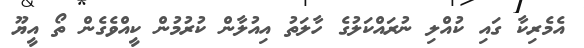
އެމެރިކާ ގައި ކުއްލި ނުރައްކަލުގެ ހާލަތު އިއުލާން ކުރުމުން ކީއްވެގެން ތޯ އީޔޫ